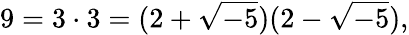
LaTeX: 9=3\cdot 3=(2+{\sqrt{-5}})(2-{\sqrt{-5}}),